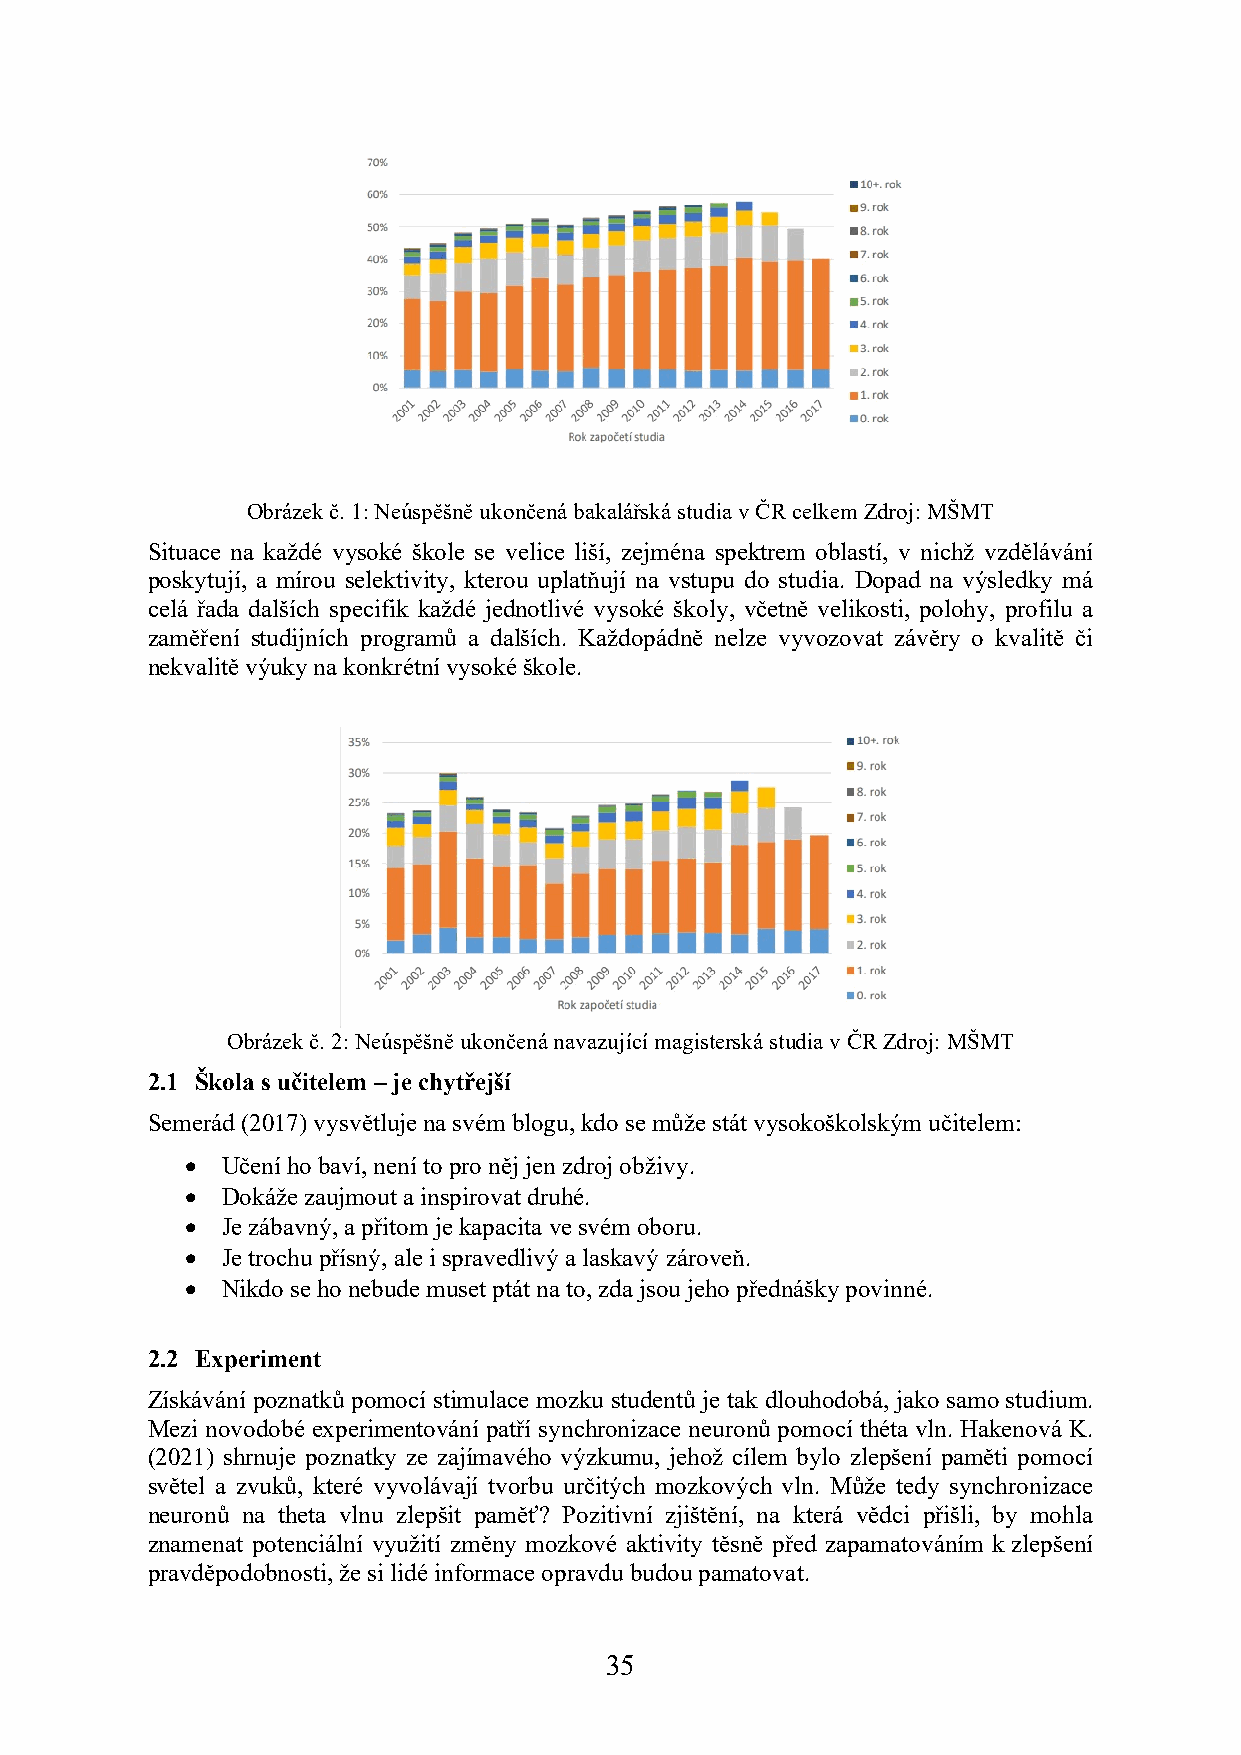
Obrázek č. 1: Neúspěšně ukončená bakalářská studia v ČR celkem Zdroj: MŠMT
 Situace na každé vysoké škole se velice liší, zejména spektrem oblastí, v nichž vzdělávání
 poskytují, a mírou selektivity, kterou uplatňují na vstupu do studia. Dopad na výsledky má
 celá řada dalších specifik každé jednotlivé vysoké školy, včetně velikosti, polohy, profilu a
 zaměření studijních programů a dalších. Každopádně nelze vyvozovat závěry o kvalitě či
 nekvalitě výuky na konkrétní vysoké škole.
 Obrázek č. 2: Neúspěšně ukončená navazující magisterská studia v ČR Zdroj: MŠMT
 2.1 Škola s učitelem – je chytřejší
 Semerád (2017) vysvětluje na svém blogu, kdo se může stát vysokoškolským učitelem:
 •  Učení ho baví, není to pro něj jen zdroj obživy.
 •  Dokáže zaujmout a inspirovat druhé.
 •  Je zábavný, a přitom je kapacita ve svém oboru.
 •  Je trochu přísný, ale i spravedlivý a laskavý zároveň.
 •  Nikdo se ho nebude muset ptát na to, zda jsou jeho přednášky povinné.
 2.2 Experiment
 Získávání poznatků pomocí stimulace mozku studentů je tak dlouhodobá, jako samo studium.
 Mezi novodobé experimentování patří synchronizace neuronů pomocí théta vln. Hakenová K.
 (2021) shrnuje poznatky ze zajímavého výzkumu, jehož cílem bylo zlepšení paměti pomocí
 světel a zvuků, které vyvolávají tvorbu určitých mozkových vln. Může tedy synchronizace
 neuronů na theta vlnu zlepšit paměť? Pozitivní zjištění, na která vědci přišli, by mohla
 znamenat potenciální využití změny mozkové aktivity těsně před zapamatováním k zlepšení
 pravděpodobnosti, že si lidé informace opravdu budou pamatovat.
 35